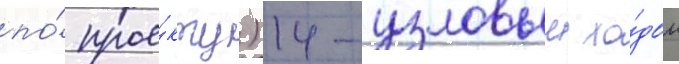
по́ прое́кту) 14-узловым хо́дом